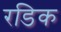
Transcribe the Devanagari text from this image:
रडिक